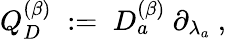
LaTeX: Q_{D}^{(\beta)}\; :=\; D_{a}^{(\beta)}\ \partial_{\lambda_{a}}\ ,